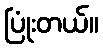
ပြုံးတယ်။